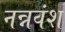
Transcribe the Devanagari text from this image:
नन्नवंश